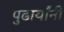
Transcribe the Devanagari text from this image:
पुढार्यांनी